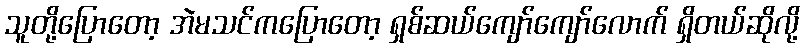
သူတို့ပြောတော့ အဲမသင်ကပြောတော့ ရှစ်ဆယ်ကျော်ကျော်လောက် ရှိတယ်ဆိုလို့